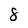
Character: 8